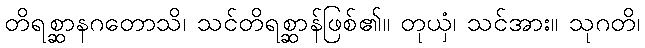
တိရစ္ဆာနဂတောသိ၊ သင်တိရစ္ဆာန်ဖြစ်၏။ တုယှံ၊ သင်အား။ သုဂတိ၊